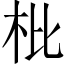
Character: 枇